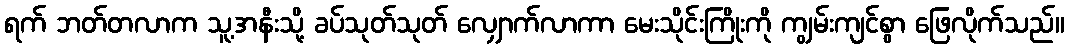
ရက် ဘတ်တလာက သူ့အနီးသို့ ခပ်သုတ်သုတ် လျှောက်လာကာ မေးသိုင်းကြိုးကို ကျွမ်းကျင်စွာ ဖြေလိုက်သည်။